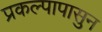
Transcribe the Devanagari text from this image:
प्रकल्पापासुन